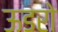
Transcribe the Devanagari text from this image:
ऊडरो